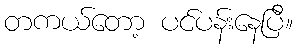
တကယ်တော့ ပင်ပန်းနေပြီ။